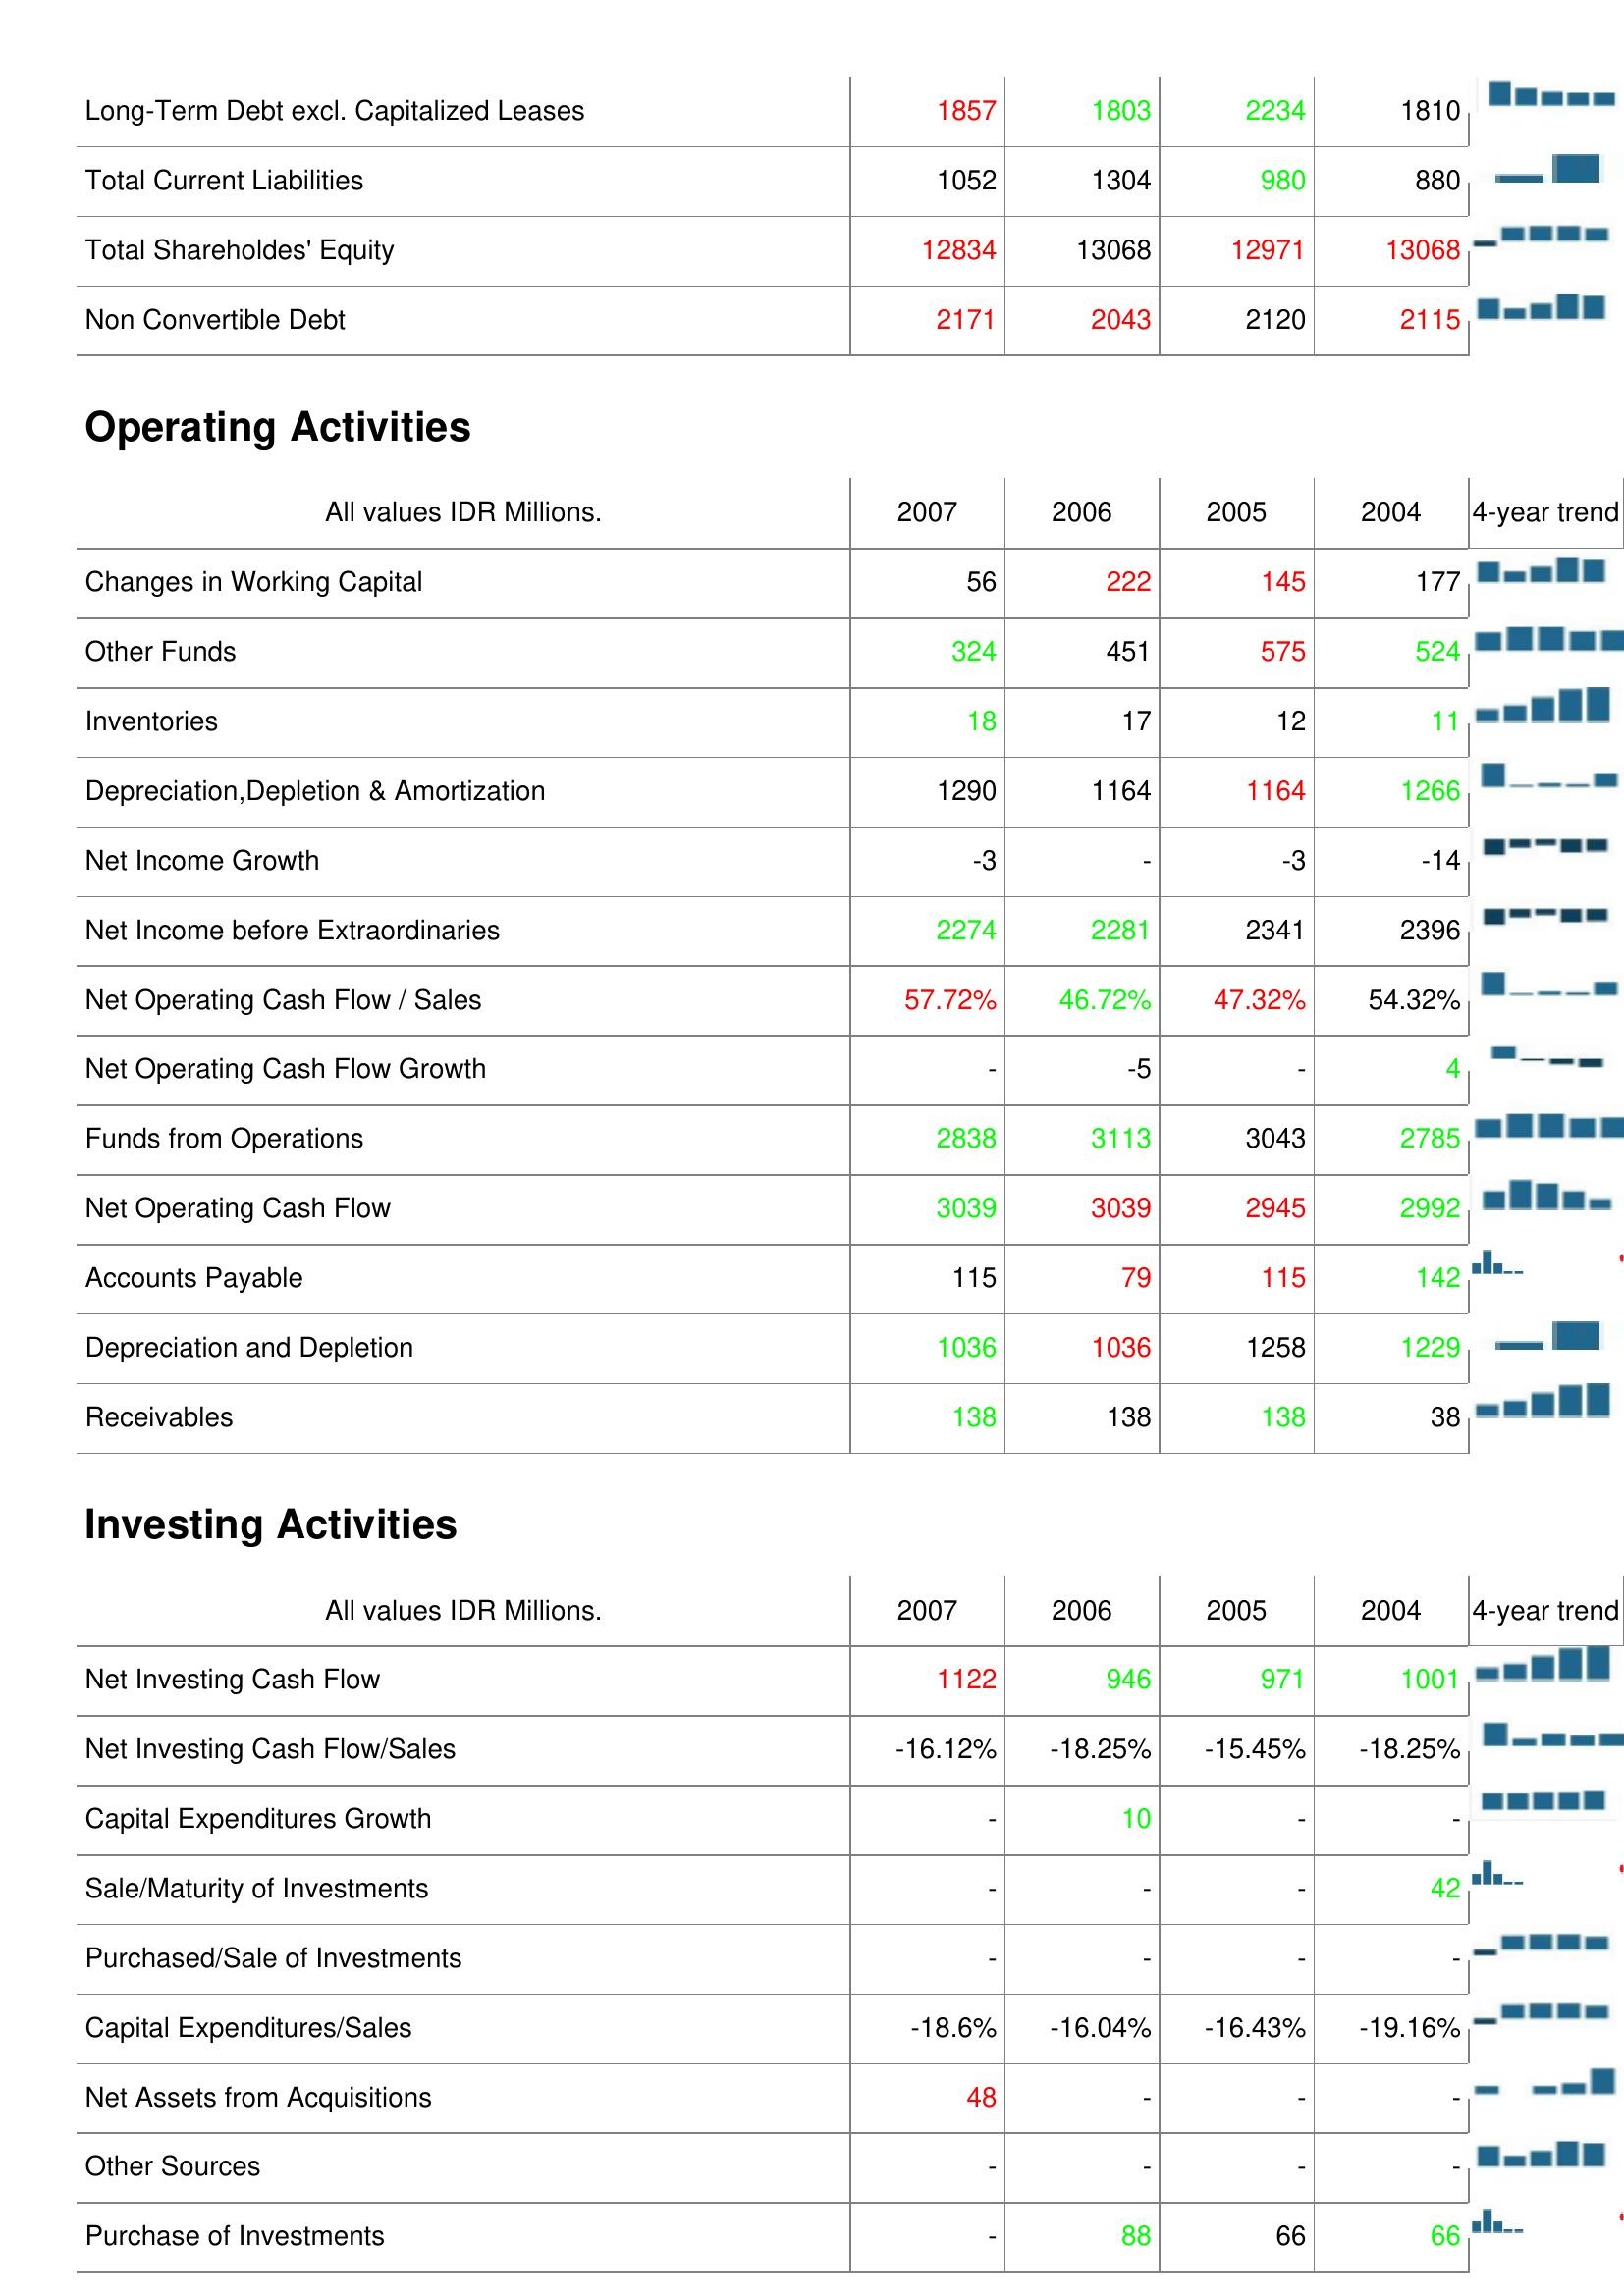
2007: Liabilities & Shareholder's Equity: Long-Term Debt excl. Capitalized Leases: 1857
Total Current Liabilities: 1052
Total Shareholdes' Equity: 12834
Non Convertible Debt: 2171
Operating Activities: Changes in Working Capital: 56
Other Funds: 324
Inventories: 18
Depreciation,Depletion & Amortization: 1290
Net Income Growth: -3
Net Income before Extraordinaries: 2274
Net Operating Cash Flow / Sales: 57.72%
Net Operating Cash Flow Growth: -
Funds from Operations: 2838
Net Operating Cash Flow: 3039
Accounts Payable: 115
Depreciation and Depletion: 1036
Receivables: 138
Investing Activities: Net Investing Cash Flow: 1122
Net Investing Cash Flow/Sales: -16.12%
Capital Expenditures Growth: -
Sale/Maturity of Investments: -
Purchased/Sale of Investments: -
Capital Expenditures/Sales: -18.6%
Net Assets from Acquisitions: 48
Other Sources: -
Purchase of Investments: -
2006: Liabilities & Shareholder's Equity: Long-Term Debt excl. Capitalized Leases: 1803
Total Current Liabilities: 1304
Total Shareholdes' Equity: 13068
Non Convertible Debt: 2043
Operating Activities: Changes in Working Capital: 222
Other Funds: 451
Inventories: 17
Depreciation,Depletion & Amortization: 1164
Net Income Growth: -
Net Income before Extraordinaries: 2281
Net Operating Cash Flow / Sales: 46.72%
Net Operating Cash Flow Growth: -5
Funds from Operations: 3113
Net Operating Cash Flow: 3039
Accounts Payable: 79
Depreciation and Depletion: 1036
Receivables: 138
Investing Activities: Net Investing Cash Flow: 946
Net Investing Cash Flow/Sales: -18.25%
Capital Expenditures Growth: 10
Sale/Maturity of Investments: -
Purchased/Sale of Investments: -
Capital Expenditures/Sales: -16.04%
Net Assets from Acquisitions: -
Other Sources: -
Purchase of Investments: 88
2005: Liabilities & Shareholder's Equity: Long-Term Debt excl. Capitalized Leases: 2234
Total Current Liabilities: 980
Total Shareholdes' Equity: 12971
Non Convertible Debt: 2120
Operating Activities: Changes in Working Capital: 145
Other Funds: 575
Inventories: 12
Depreciation,Depletion & Amortization: 1164
Net Income Growth: -3
Net Income before Extraordinaries: 2341
Net Operating Cash Flow / Sales: 47.32%
Net Operating Cash Flow Growth: -
Funds from Operations: 3043
Net Operating Cash Flow: 2945
Accounts Payable: 115
Depreciation and Depletion: 1258
Receivables: 138
Investing Activities: Net Investing Cash Flow: 971
Net Investing Cash Flow/Sales: -15.45%
Capital Expenditures Growth: -
Sale/Maturity of Investments: -
Purchased/Sale of Investments: -
Capital Expenditures/Sales: -16.43%
Net Assets from Acquisitions: -
Other Sources: -
Purchase of Investments: 66
2004: Liabilities & Shareholder's Equity: Long-Term Debt excl. Capitalized Leases: 1810
Total Current Liabilities: 880
Total Shareholdes' Equity: 13068
Non Convertible Debt: 2115
Operating Activities: Changes in Working Capital: 177
Other Funds: 524
Inventories: 11
Depreciation,Depletion & Amortization: 1266
Net Income Growth: -14
Net Income before Extraordinaries: 2396
Net Operating Cash Flow / Sales: 54.32%
Net Operating Cash Flow Growth: 4
Funds from Operations: 2785
Net Operating Cash Flow: 2992
Accounts Payable: 142
Depreciation and Depletion: 1229
Receivables: 38
Investing Activities: Net Investing Cash Flow: 1001
Net Investing Cash Flow/Sales: -18.25%
Capital Expenditures Growth: -
Sale/Maturity of Investments: 42
Purchased/Sale of Investments: -
Capital Expenditures/Sales: -19.16%
Net Assets from Acquisitions: -
Other Sources: -
Purchase of Investments: 66